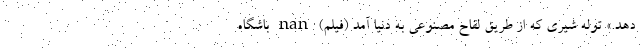
دهد.» توله شیری که از طریق لقاح مصنوعی به دنیا آمد (فیلم) nan باشگاه